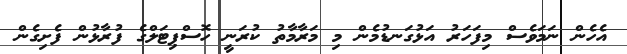
އެހެން ނަމަވެސް މިފަހަރު އަޅުގަނޑުމެން މި މަރާމާތު ކުރަނީ ހޮސްޕިޓަލްގެ ފުރާޅުން ފެށިގެން